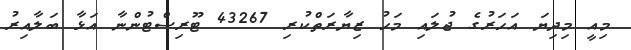
މިއީ މިދިޔަ އަހަރުގެ ޖުލައި މަހު ޒިޔާރަތްކުރި 43267 ޓޫރިސްޓުންނާ އަޅާ ބަލާއިރު